Document type: Sale
Year: 1326
Scribe: Bartomeu Marc
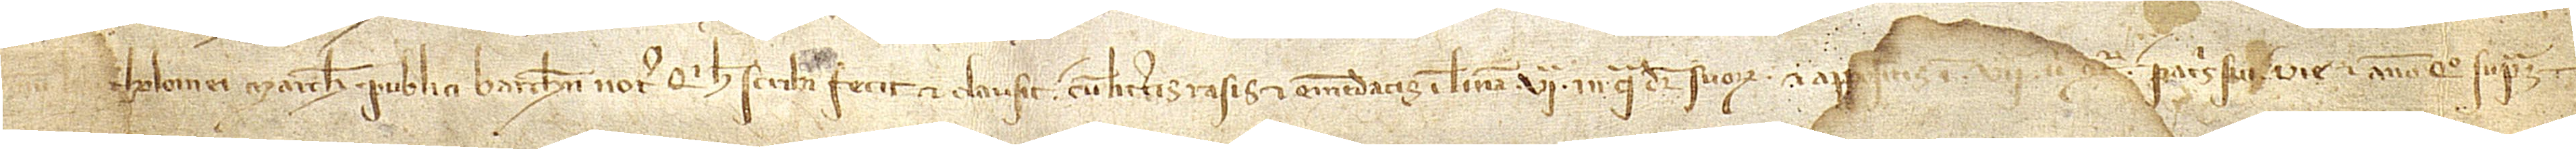
num Bartholomei Marchi, publici notarii, qui hec scribi fecit et clausit cum litteris rasis et emendatis in linea VIª, in qua dicitur “suorum” et appositis in VIIª, ubi continetur “patris sui”, die et anno quo supra.